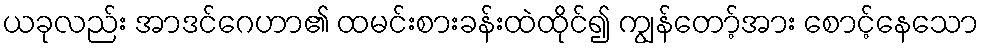
ယခုလည်း အာဒင်ဂေဟာ၏ ထမင်းစားခန်းထဲထိုင်၍ ကျွန်တော့်အား စောင့်နေသော